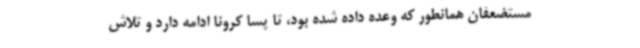
مستضعفان همانطور که وعده داده شده بود، تا پسا کرونا ادامه دارد و تلاش